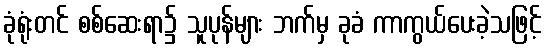
ခုံရုံးတင် စစ်ဆေးရာ၌ သူပုန်များ ဘက်မှ ခုခံ ကာကွယ်ပေးခဲ့သဖြင့်